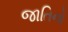
જાતિનો